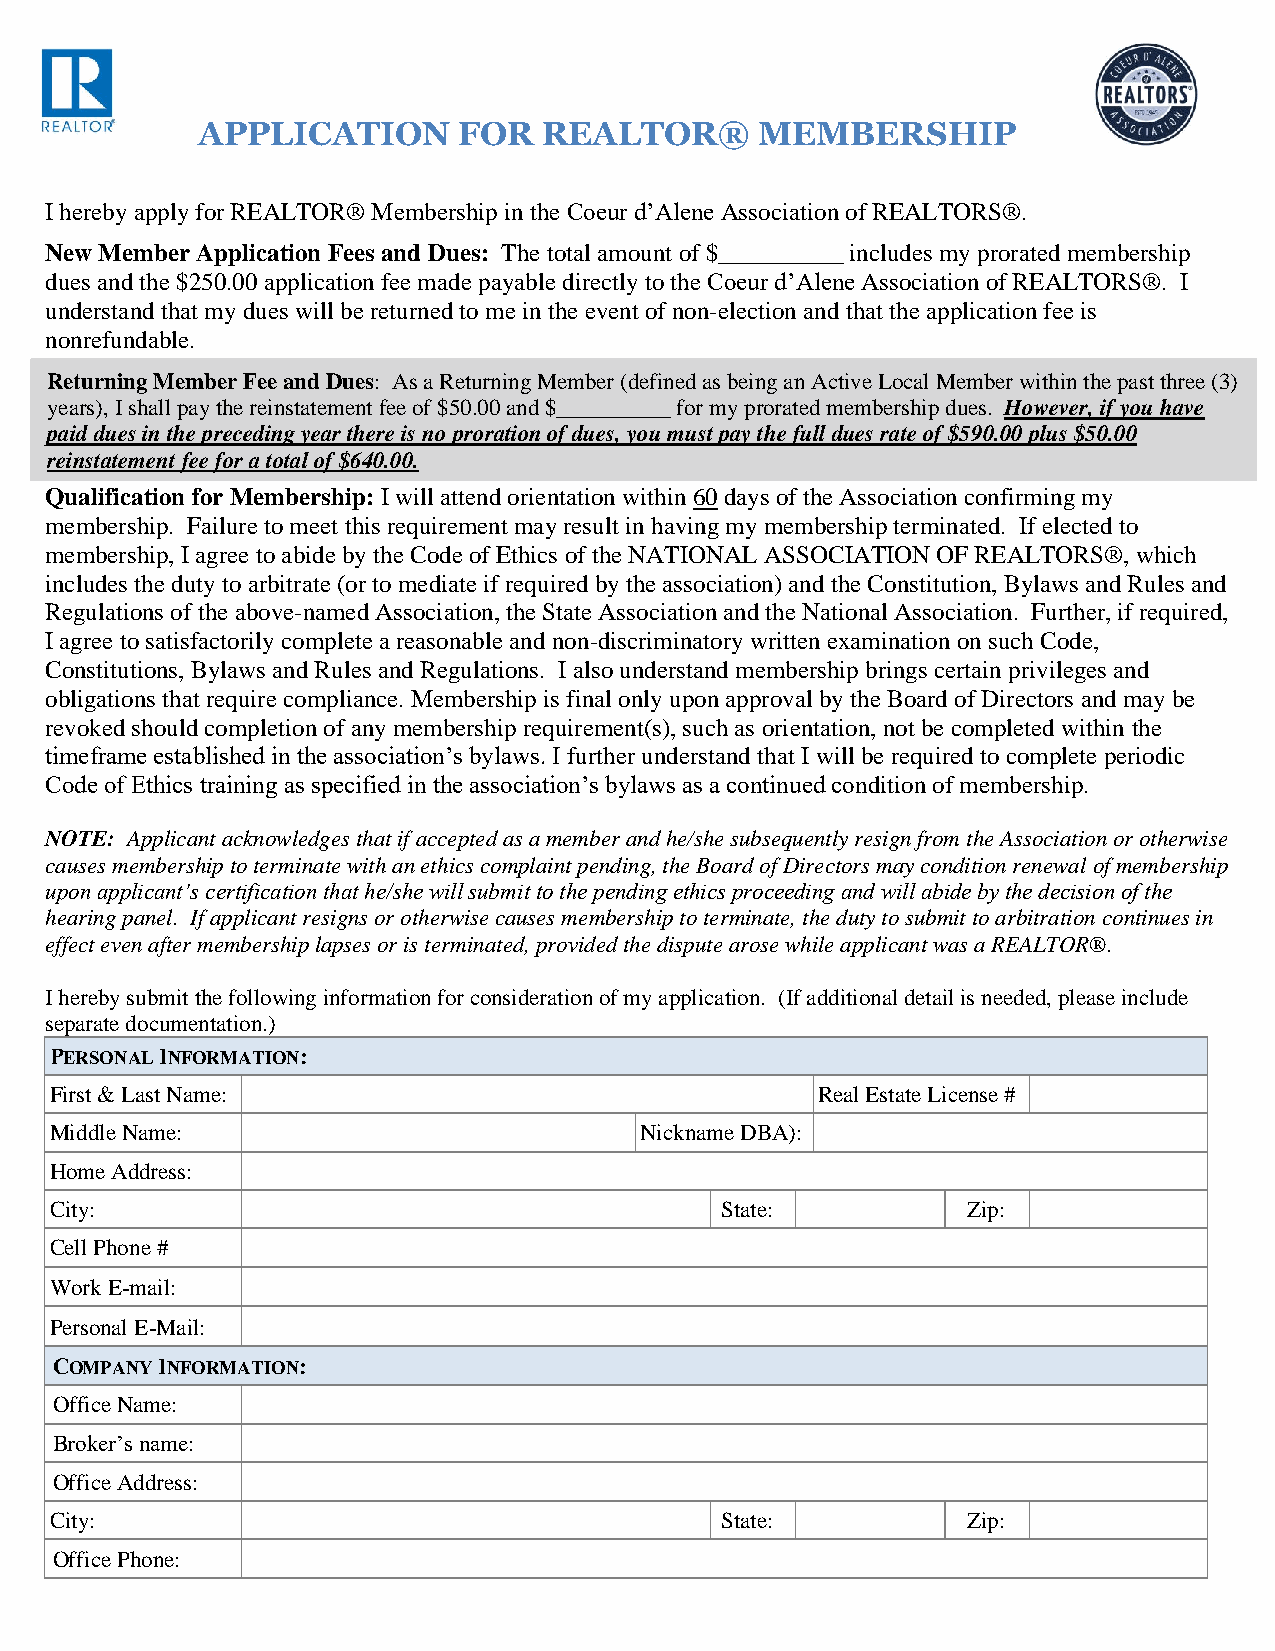
APPLICATION      FOR   REALTOR®      MEMBERSHIP
 I hereby apply for REALTOR® Membership in the Coeur d’Alene Association of REALTORS®.
 New Member Application Fees and Dues: The total amount of $__________ includes my prorated membership
 dues and the $250.00 application fee made payable directly to the Coeur d’Alene Association of REALTORS®. I
 understand that my dues will be returned to me in the event of non-election and that the application fee is
 nonrefundable.
 Returning Member Fee and Dues: As a Returning Member (defined as being an Active Local Member within the past three (3)
 years), I shall pay the reinstatement fee of $50.00 and $__________ for my prorated membership dues. However, if you have
 paid dues in the preceding year there is no proration of dues, you must pay the full dues rate of $590.00 plus $50.00
 reinstatement fee for a total of $640.00.
 Qualification for Membership: I will attend orientation within 60 days of the Association confirming my
 membership. Failure to meet this requirement may result in having my membership terminated. If elected to
 membership, I agree to abide by the Code of Ethics of the NATIONAL ASSOCIATION OF REALTORS®, which
 includes the duty to arbitrate (or to mediate if required by the association) and the Constitution, Bylaws and Rules and
 Regulations of the above-named Association, the State Association and the National Association. Further, if required,
 I agree to satisfactorily complete a reasonable and non-discriminatory written examination on such Code,
 Constitutions, Bylaws and Rules and Regulations. I also understand membership brings certain privileges and
 obligations that require compliance. Membership is final only upon approval by the Board of Directors and may be
 revoked should completion of any membership requirement(s), such as orientation, not be completed within the
 timeframe established in the association’s bylaws. I further understand that I will be required to complete periodic
 Code of Ethics training as specified in the association’s bylaws as a continued condition of membership.
 NOTE: Applicant acknowledges that if accepted as a member and he/she subsequently resign from the Association or otherwise
 causes membership to terminate with an ethics complaint pending, the Board of Directors may condition renewal of membership
 upon applicant’s certification that he/she will submit to the pending ethics proceeding and will abide by the decision of the
 hearing panel. If applicant resigns or otherwise causes membership to terminate, the duty to submit to arbitration continues in
 effect even after membership lapses or is terminated, provided the dispute arose while applicant was a REALTOR®.
 I hereby submit the following information for consideration of my application. (If additional detail is needed, please include
 separate documentation.)
 PERSONAL INFORMATION:
 First & Last Name:                                 Real Estate License #
 Middle Name:                           Nickname DBA):
 Home Address:
 City:                                        State:          Zip:
 Cell Phone #
 Work E-mail:
 Personal E-Mail:
 COMPANY INFORMATION:
 Office Name:
 Broker’s name:
 Office Address:
 City:                                        State:          Zip:
 Office Phone: